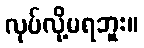
လုပ်လို့မရဘူး။